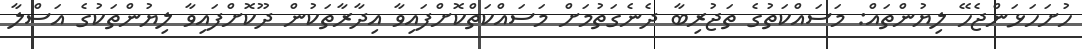
ހުށަހަޅަންޖެހޭ ލިޔުންތައް: މަސައްކަތުގެ ތަޖުރިބާ ދެނެގަތުމަށް މަސައްކަތްކޮށްފައިވާ އިދާރާތަކުން ދޫކޮށްފައިވާ ލިޔުންތަކުގެ އަސްލާ